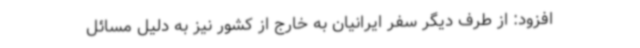
افزود: از طرف دیگر سفر ایرانیان به خارج از کشور نیز به دلیل مسائل